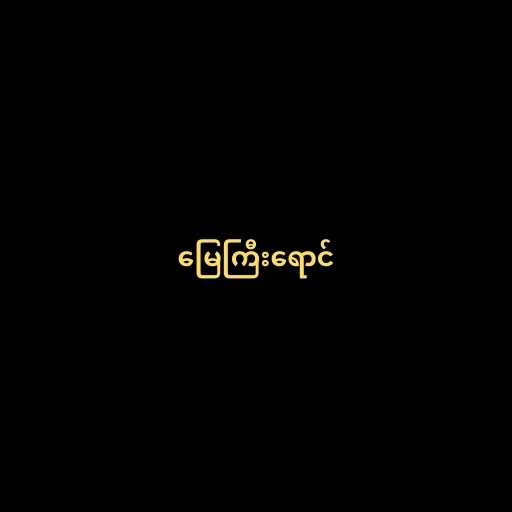
မြေကြီးရောင်